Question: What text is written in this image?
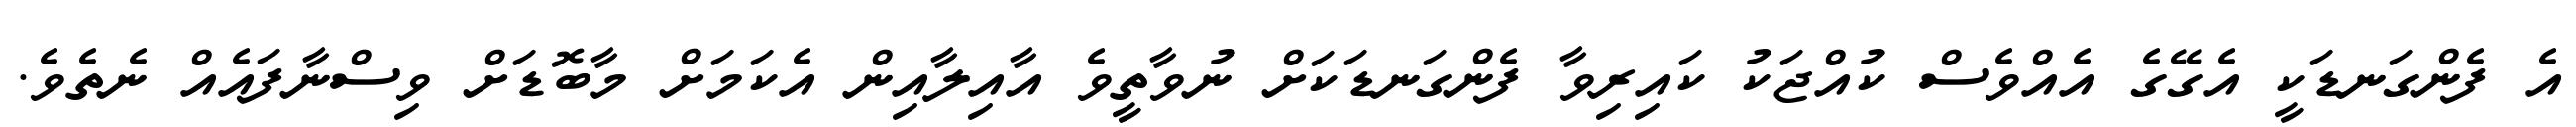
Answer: އެ ފެންގަނޑަކީ އެގޭގެ އެއްވެސް ކުއްޖަކު ކައިރިވާ ފެންގަނޑަކަށް ނުވާތީވެ އާއިލާއިން އެކަމަށް މާބޮޑަށް ވިސްނާފައެއް ނެތެވެ.